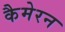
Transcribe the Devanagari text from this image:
कैमेरन